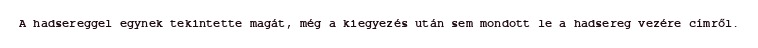
A hadsereggel egynek tekintette magát, még a kiegyezés után sem mondott le a hadsereg vezére címről.